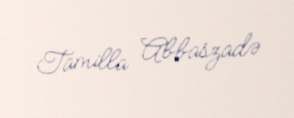
Tamilla Abbaszadə